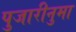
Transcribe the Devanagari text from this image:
पुजारीनुमा